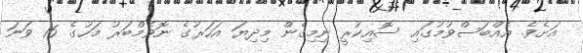
އަށެވެ. އެއްބަސްވުމުގައި ސޮއިކުރީ ނިމިގެން މިދިޔަ އަހަރުގެ ނޮވެމްބަރު މަހުގެ 16 ވަނަ